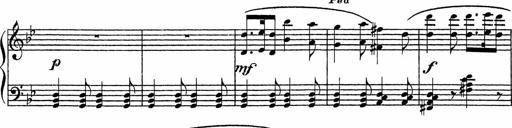
Title: Song of the River
Composer: Frederick Henry Pease